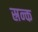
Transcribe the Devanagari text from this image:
स्रन्क